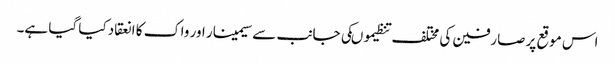
اس موقع پر صارفین کی مختلف تنظیموںکی جانب سے سیمینار اور واک کا انعقاد کیا گیا ہے۔